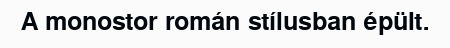
A monostor román stílusban épült.